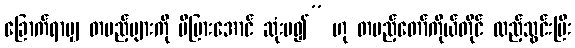
ခြောက်ရာမျှ တပည့်များကို ပိပြားအောင် ဆုံးမ၍” ဟု တပည့်တော်ကိုယ်တိုင် ထည့်သွင်းပြီး